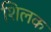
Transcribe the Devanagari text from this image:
शिलक